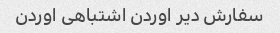
سفارش دیر اوردن اشتباهی اوردن